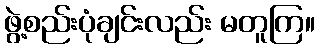
ဖွဲ့စည်းပုံချင်းလည်း မတူကြ။